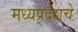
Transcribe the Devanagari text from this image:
मध्यप्रदेशचे